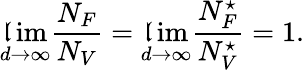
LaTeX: \operatorname*{\mathfrak{l}im}_{d\to\infty}\frac{{N_{F}}}{{N_{V}}}=\operatorname*{\mathfrak{l}im}_{d\to\infty}\frac{{N_{F}^{\star}}}{{N_{V}^{\star}}}=1.